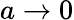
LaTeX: a\rightarrow 0